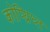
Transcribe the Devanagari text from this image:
कोप्य्रिघ्त